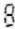
8